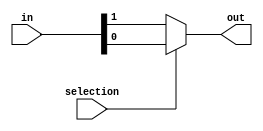
`timescale 1ns / 1ps
//////////////////////////////////////////////////////////////////////////////////
// Company: Madilu
// 
// Design Name: MUX (2x1)
// Module Name: mu2x1
// Project Name: Multiplexer
// Target Devices: Xilinx Boolean Spartan7
// Tool Versions: Vivado 21
// Description: 2x1 Multiplexer
// 
// Dependencies: None
// 
// Revision: 1.0
// Revision 0.01 - File Created
// Additional Comments: None
// 
//////////////////////////////////////////////////////////////////////////////////

module MU2X1(out, selection, in);
    output out;
    input selection;
    input [0:1]in;
    
    assign out = selection? in[1] : in[0];
endmodule